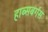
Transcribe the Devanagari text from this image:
हाब्सबर्गस